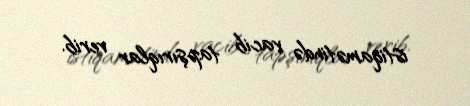
istiqamətində vacib tapşırıqlar verib.